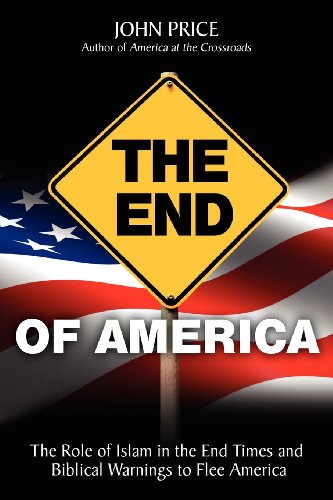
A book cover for The End of America; John Price; Christian Books & Bibles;